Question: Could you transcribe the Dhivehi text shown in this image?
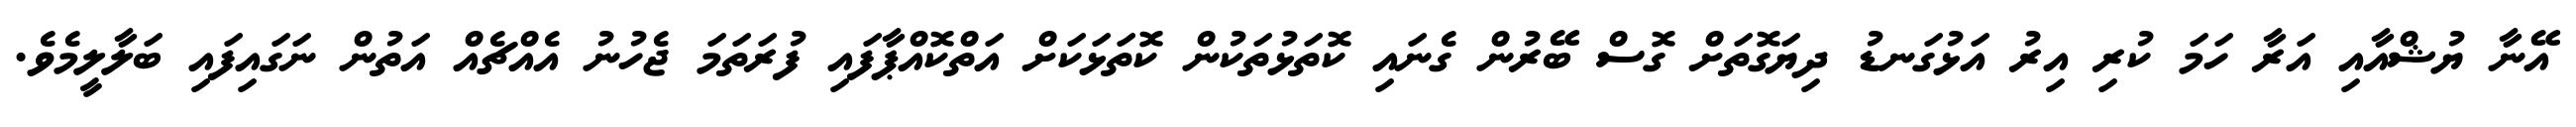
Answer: އޭނާ ޔުޝްއާއި އަރާ ހަމަ ކުރި އިރު އަޅުގަނޑު ދިޔަގޮތަށް ގޮސް ބޭރުން ގެނައި ކޮތަޅުތަކުން ކޮތަޅަކަށް އަތްކޮއްޕާފައި ފުރަތަމަ ޖެހުނު އެއްޗެއް އަތުން ނަގައިފައި ބަލާލީމެވެ.